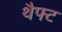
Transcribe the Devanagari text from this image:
थैफ्ट